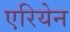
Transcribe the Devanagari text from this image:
एरियेन